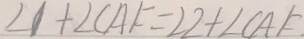
\angle 1 + \angle C A F = \angle 2 + \angle C A F